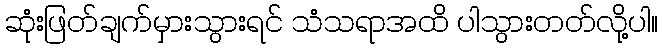
ဆုံးဖြတ်ချက်မှားသွားရင် သံသရာအထိ ပါသွားတတ်လို့ပါ။